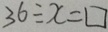
3 6 \div x = \square